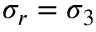
\sigma _ { r } = \sigma _ { 3 }